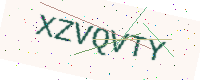
Text: XZVQVTY